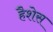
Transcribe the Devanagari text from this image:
हैशेस